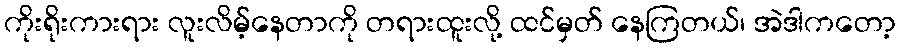
ကိုးရိုးကားရား လူးလိမ့်နေတာကို တရားထူးလို့ ထင်မှတ် နေကြတယ်၊ အဲဒါကတော့